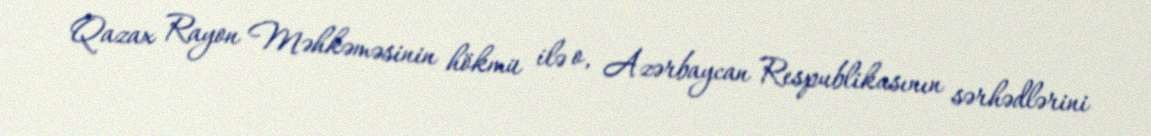
Qazax Rayon Məhkəməsinin hökmü ilə o, Azərbaycan Respublikasının sərhədlərini